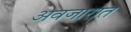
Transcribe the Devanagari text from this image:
अवजारात